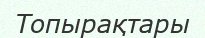
Топырақтары